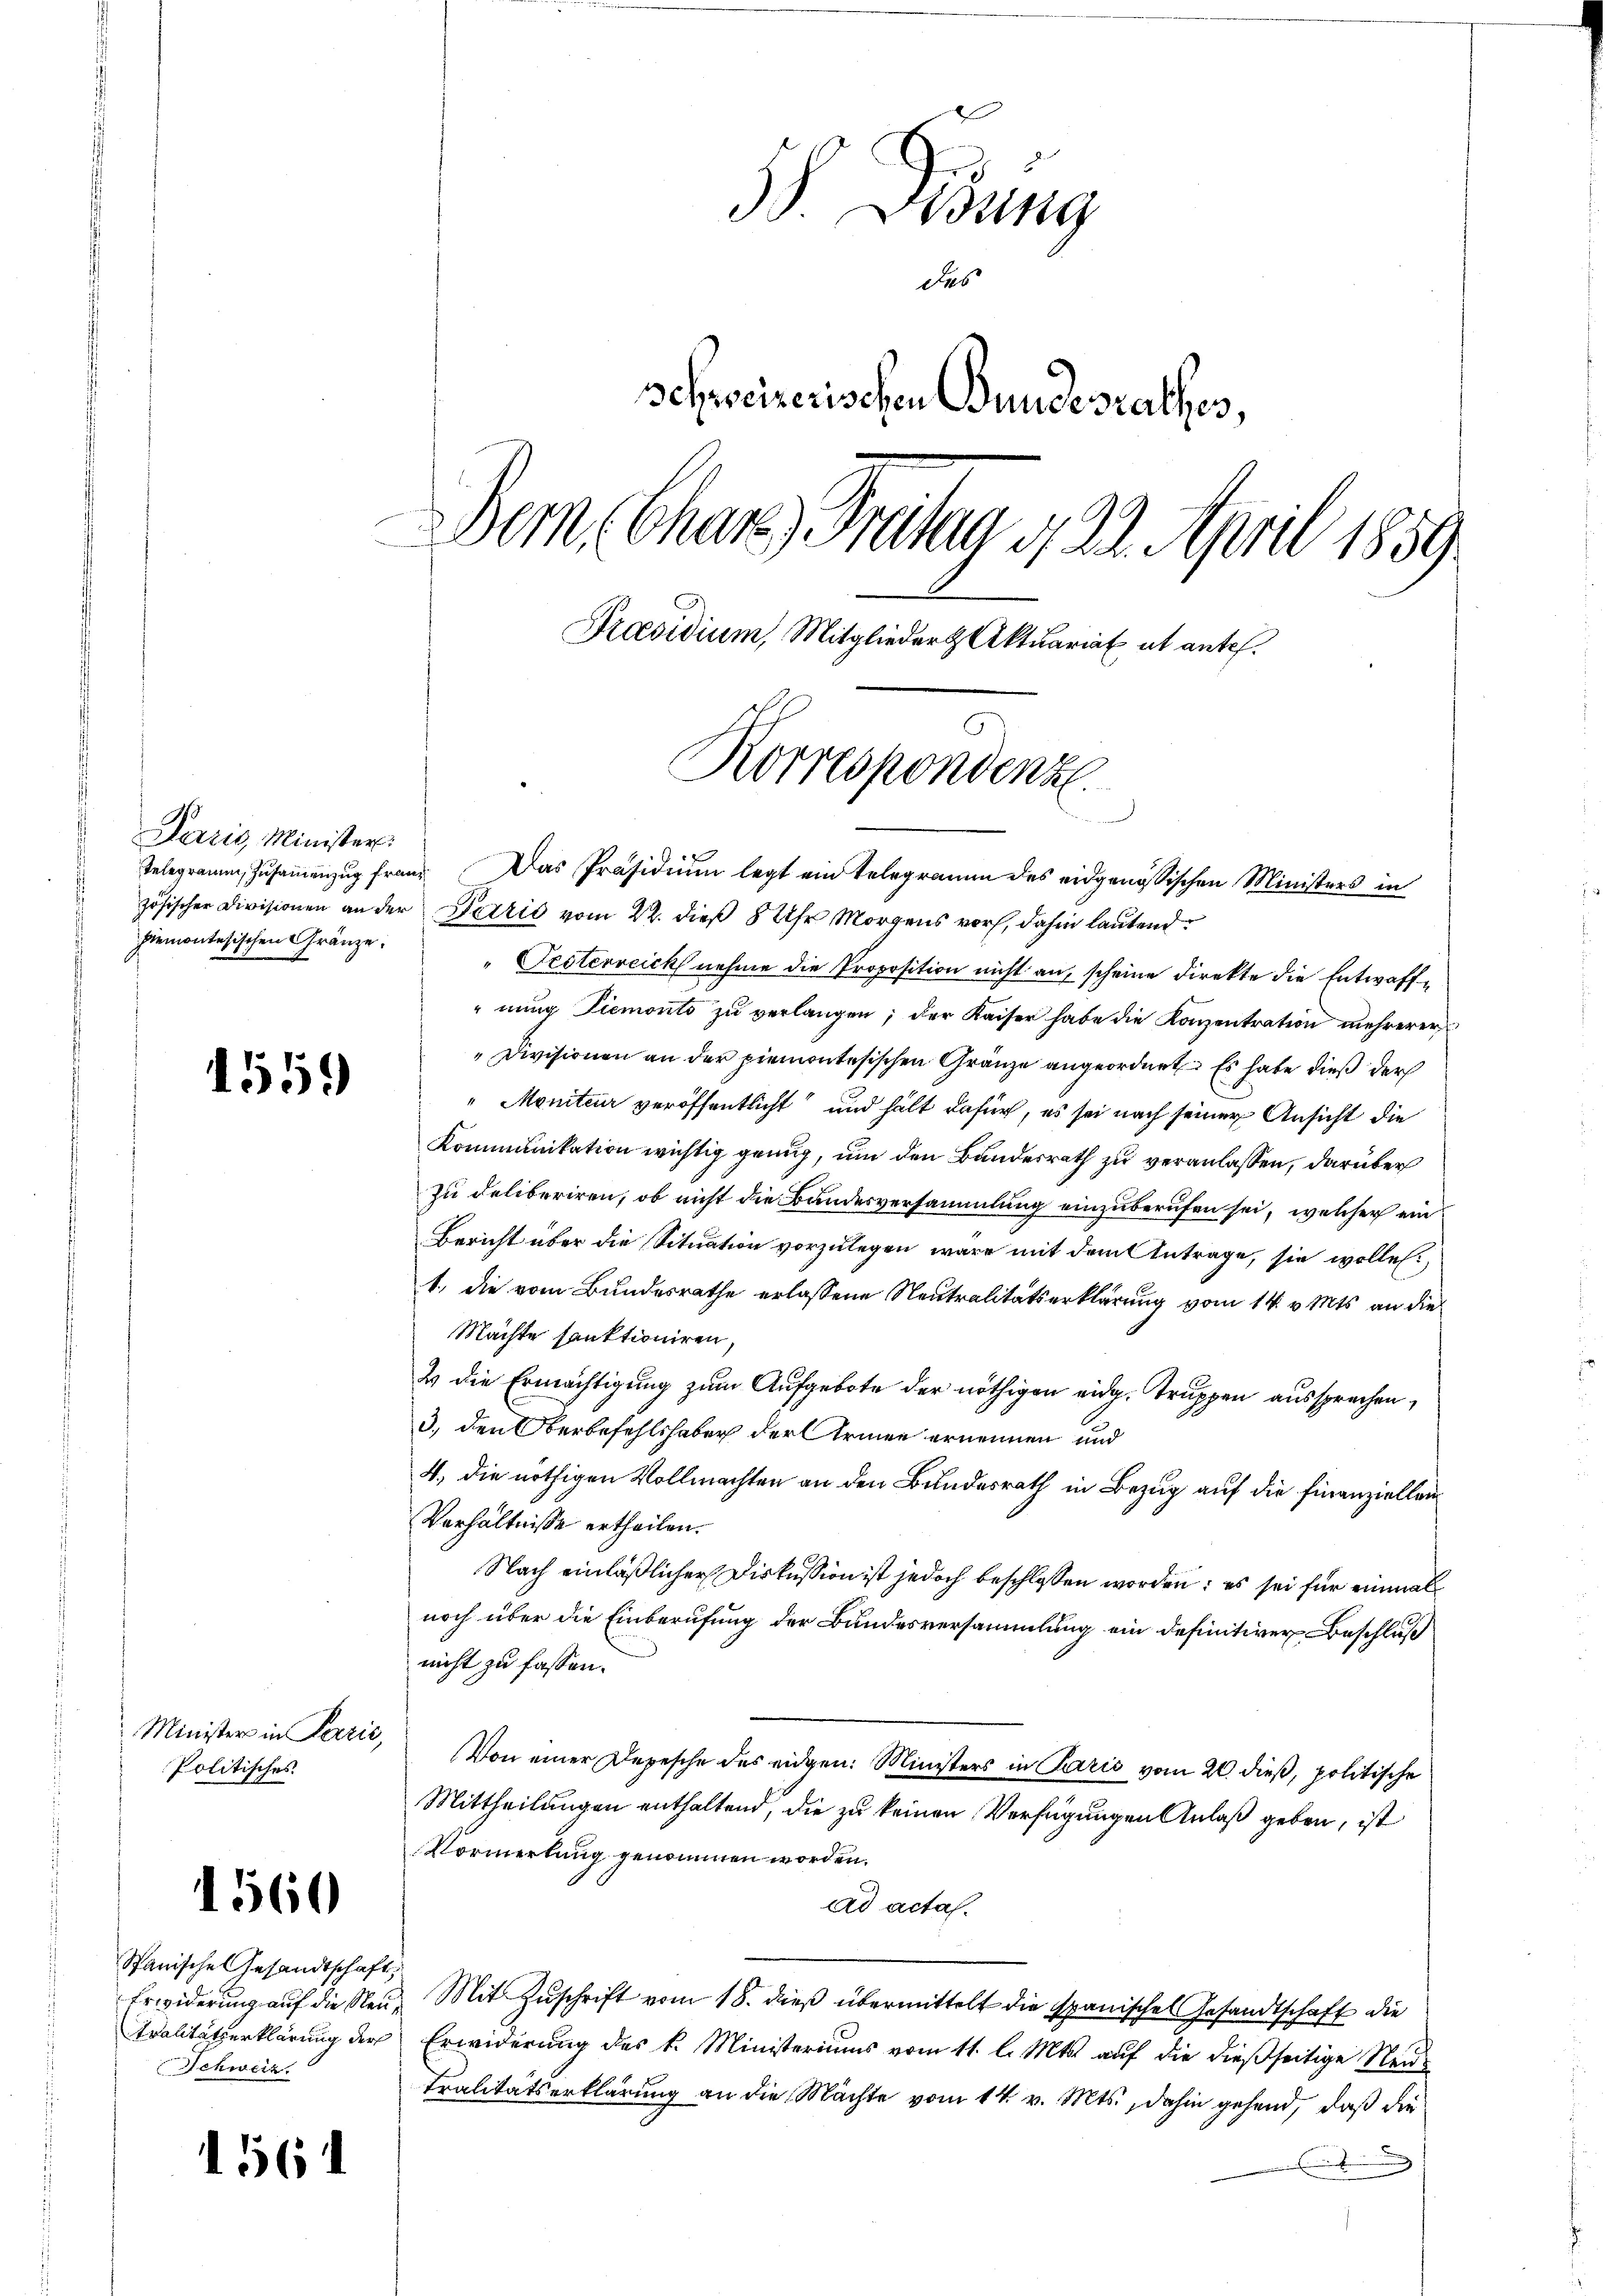
Paris, Minister.
Piemontesischen Gränze:

1559

Politisches

1560

Spanische Gesandtschaft,
Schweiz.

1561

Didung
des
schweizerischen Bundesrathes,
Bern Chans, Frutig 120. April 1859
Praesidium, Mitglieder Aktuariat ab antel.

Korrespondenze

Telegramm, Zusammenzug freue. Das Präsidium legt ein Telegramm des eidgenössischen Ministers in
zösischer Divisionen an der Perić vom 22. dieß 8 Uhr Morgens vor, dahin lautend
" Pesterreich nehme die Proposition nicht an, scheine Direkte die Entwaff¬
"nung Piemonto zu verlangen; der Kaiser habe die Konzentration mehrerer
"Divisionen an der piemontesischen Gränze angeordnet: Es habe dieß der
"Meniteur veröffentlicht und hält dafür, es sei nach seiner Ansicht die
Kommunikation wichtig genug, um den Bundesrath zu veranlassen, darüber
zu deliberiren, ob nicht die Bandesversammlung einzuberufen sei, welcher ein¬
Bericht über die Situation vorzulegen wäre mit dem Antrage, sie wollen.
1., die vom Bundesrathe erlassene Neutralitätserklärung vom 14. v. Mts. an die
Machte sanktioniren,
2 die Ermächtigung zum Aufgebote der nöthigen eidg. Truppen aussprechen,
3., den Oberbefehlshaber der Armen ernennen und
4. die nöthigen Vollmachten an den Bundesrath in Bezug auf die Finanziellen
Verhältnisse ertheilen.
Nach einläßlicher Diskussion ist jedoch beschlossen worden; es sei für einmal
noch über die Einberufung der Bundesversammlung ein definitiver Beschluß
nicht zu fassen.
 Minister in Perić, Von einer Depesche des eidgen: Ministers in Paris vom 20. dieß, politische
Mittheilungen enthaltend, die zu keinen Verfügungen Anlaß geben, ist
Vormerkung genommen worden.
ad acta.
Erwiderŭng aŭf die Neŭ, Mit Zŭschrift vom 18. dieß übermittelt die spanisches Gesandtschaft die
Tralitätserklärung der Erwiderung des k. Ministeriums vom 11. l. Mts. auf die dießseitige Neu-
tralitätserklärung an die Machte vom 14. v. Mts., dahin gehend, daß die

wen